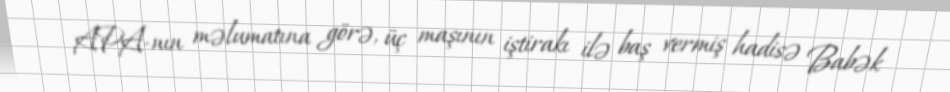
APA-nın məlumatına görə, üç maşının iştirakı ilə baş vermiş hadisə Babək